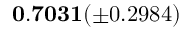
\mathbf { 0 . 7 0 3 1 } ( \pm 0 . 2 9 8 4 )